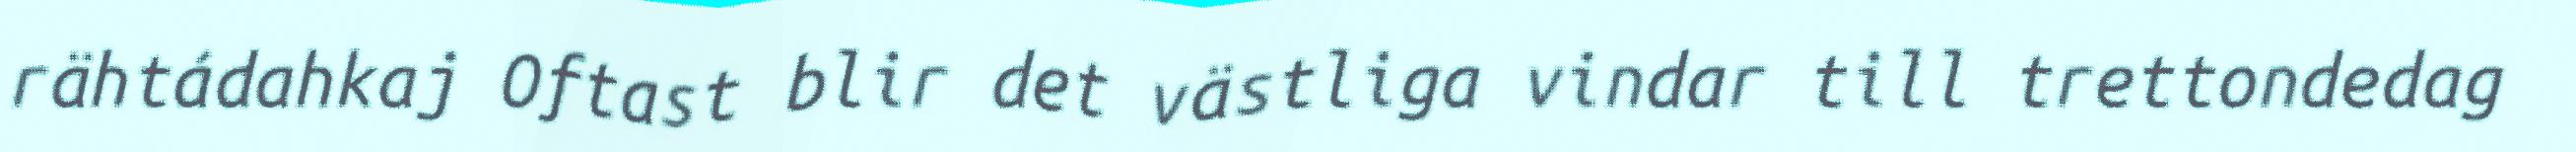
rähtádahkaj Oftast blir det västliga vindar till trettondedag